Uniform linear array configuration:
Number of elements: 48
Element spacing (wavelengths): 1
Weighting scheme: binomial
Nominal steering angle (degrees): -30
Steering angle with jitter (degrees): -29.384
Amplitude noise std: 0.05
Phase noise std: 0.05

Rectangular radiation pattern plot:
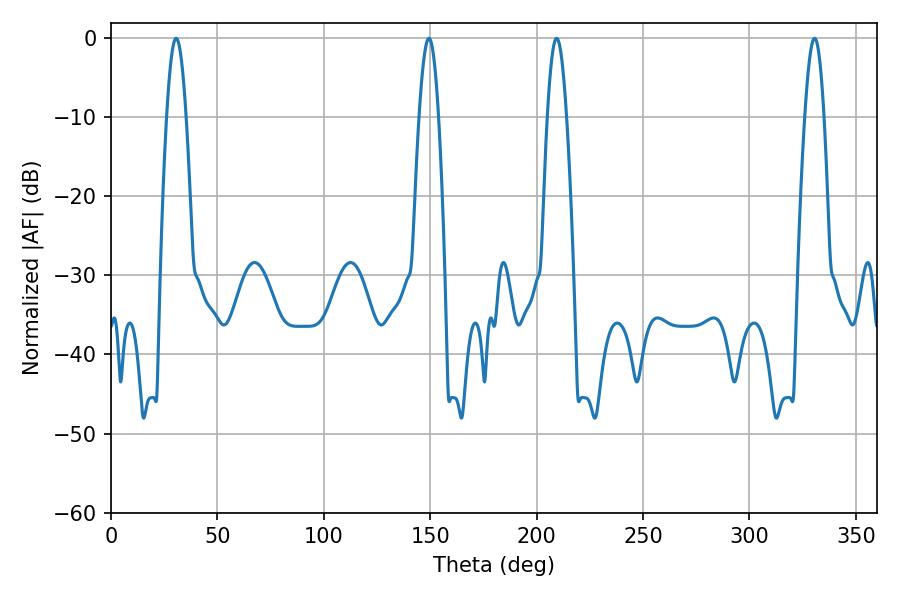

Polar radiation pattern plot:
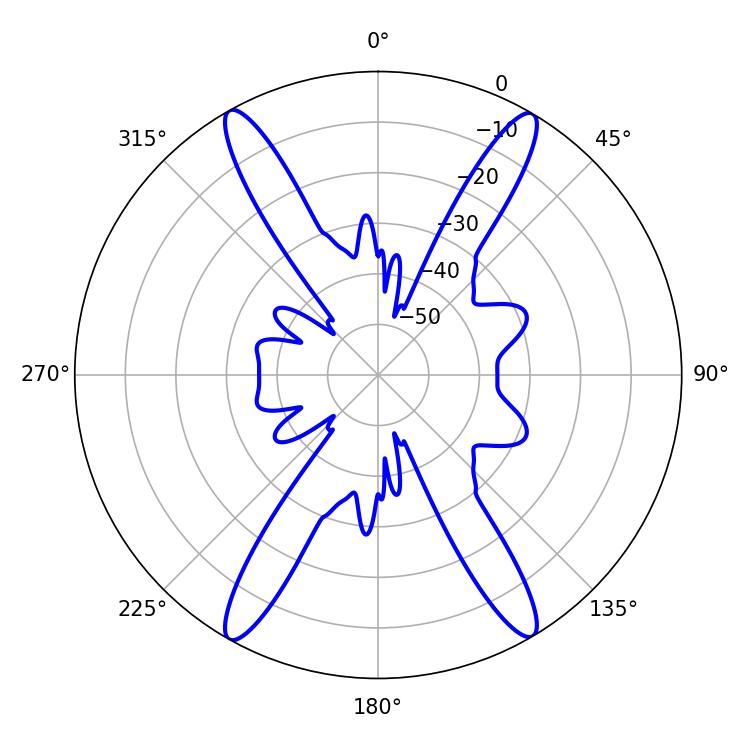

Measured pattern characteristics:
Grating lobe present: TRUE
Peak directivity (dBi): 25.893
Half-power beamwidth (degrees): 4.86
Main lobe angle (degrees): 149.4